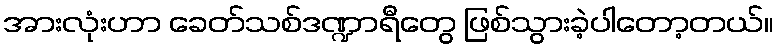
အားလုံးဟာ ခေတ်သစ်ဒဏ္ဍာရီတွေ ဖြစ်သွားခဲ့ပါတော့တယ်။